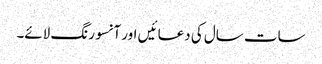
سات سال کی دعا ئیں اور آنسو رنگ لائے۔